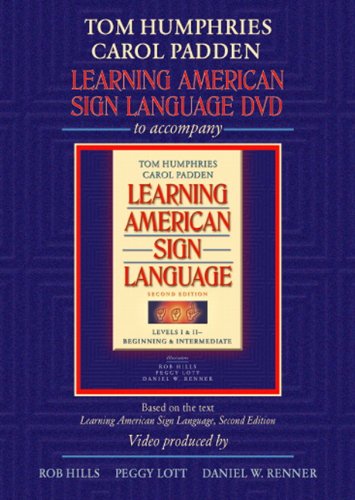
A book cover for Learning American Sign Language DVD to accompany Learning American Sign Language - Levels 1 & 2 Beginning and Intermediate, 2nd Edition; Tom L. Humphries; Reference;